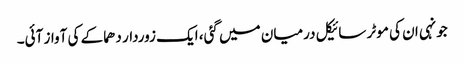
جونہی ان کی موٹر سائیکل درمیان میں گئی، ایک زوردار دھماکے کی آواز آئی۔